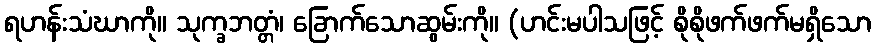
ရဟန်းသံဃာကို။ သုက္ခဘတ္တံ၊ ခြောက်သောဆွမ်းကို။ (ဟင်းမပါသဖြင့် စိုစိုဖက်ဖက်မရှိသော